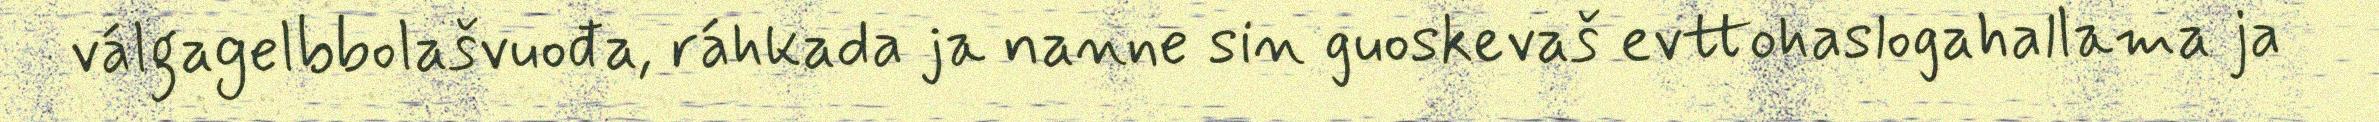
válgagelbbolašvuođa, ráhkada ja nanne sin guoskevaš evttohaslogahallama ja